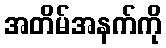
အတိမ်အနက်ကို